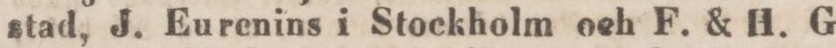
stad, J. Eurenins i Stockholm och F. & H. G